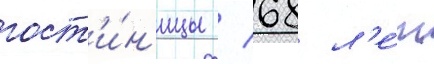
гост'и́н'ицы / 68 л'е́т